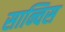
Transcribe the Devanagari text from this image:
सान्चिस